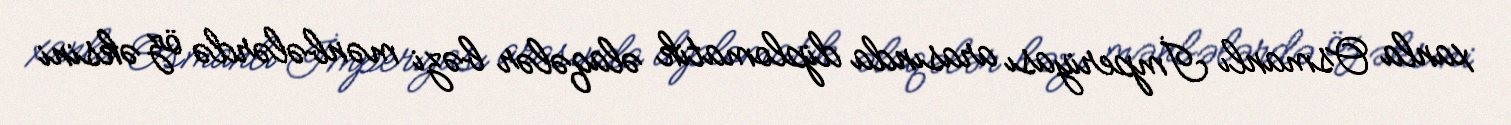
xanla Osmanlı İmperiyası arasında diplomatik əlaqələr bəzi mənbələrdə öz əksini